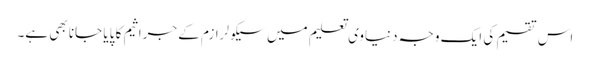
اس تقسیم کی ایک وجہ دنیاوی تعلیم میں سیکولرازم کے جراثیم کا پایا جانا بھی ہے۔